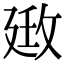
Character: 𢌦